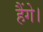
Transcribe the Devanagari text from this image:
हैंगे।